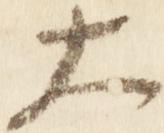
大